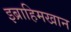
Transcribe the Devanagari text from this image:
इब्राहिमखान